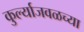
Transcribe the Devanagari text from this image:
कुर्ल्याजवळच्या